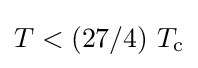
T<(27/4)\ T_{\text{c}}